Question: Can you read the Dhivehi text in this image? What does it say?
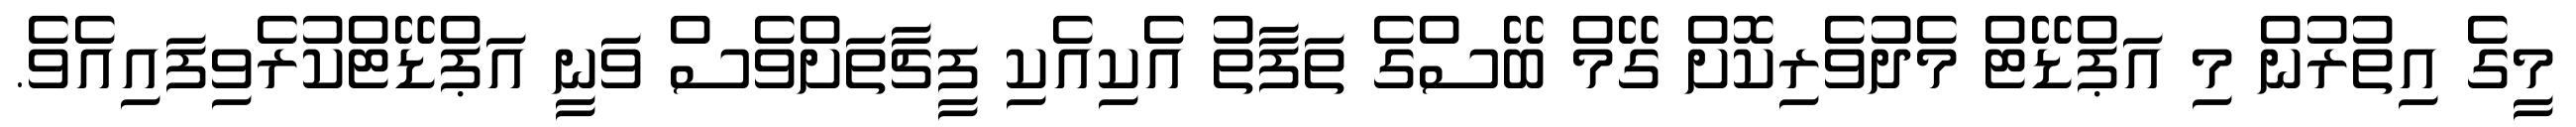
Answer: މީގެ އިތުރުން މި އަޕްޑޭޓް މެދުވެރިކޮށް ގޭމް ބޭސްގެ ތަފާތު އެކިއެކި ފީޗާތަށްވެސް ވަނީ އަޕްޑޭޓްކުރެވިފައިއެވެ.